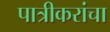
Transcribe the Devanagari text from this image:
पात्रीकरांचा